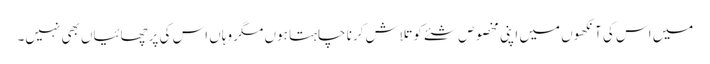
میں اس کی آنکھوں میں اپنی مخصوص شئے کو تلاش کرنا چاہتا ہوں مگر وہاں اس کی پرچھائیاں بھی نہیں۔